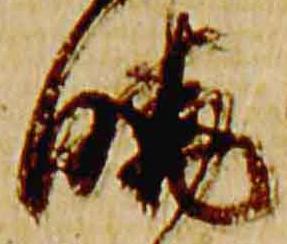
暁